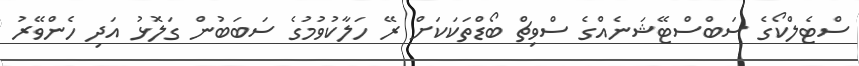
ސްޓެލްކޯގެ ސަބްސްޓޭޝަނެއްގެ ސްވިޗް ބޯޑްތަކަކަށް ރޭ ހަލާކުވުމުގެ ސަބަބުން ގަލޮޅު އަދި ހެންވޭރު